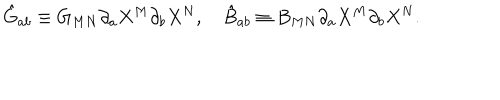
\hat { G } _ { a b } \equiv G _ { M N } \partial _ { a } X ^ { M } \partial _ { b } X ^ { N } , \hat { B } _ { a b } \equiv B _ { M N } \partial _ { a } X ^ { M } \partial _ { b } X ^ { N } .